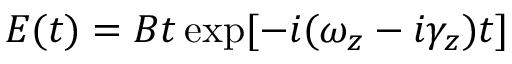
E ( t ) = B t \exp [ - i ( \omega _ { z } - i \gamma _ { z } ) t ]